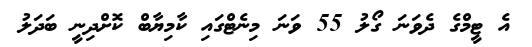
އެ ޓީމްގެ ދެވަނަ ގޯލު 55 ވަނަ މިނެޓްގައި ކާމިޔާބް ކޮށްދިނީ ބަދަލު